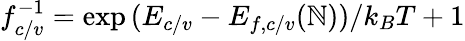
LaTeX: f_{c/v}^{-1}=\exp{(E_{c/v}-E_{f,c/v}(\mathbb{N}))/k_{B}T}+1